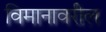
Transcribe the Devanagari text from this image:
विमानावरील